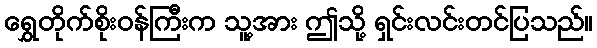
ရွှေတိုက်စိုးဝန်ကြီးက သူ့အား ဤသို့ ရှင်းလင်းတင်ပြသည်။